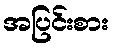
အပြင်းစား